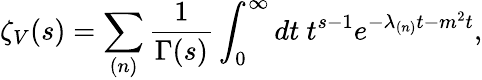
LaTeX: \zeta_{V}(s)=\sum_{(n)}\frac{1}{\Gamma(s)}\int_{0}^{\infty}dt\ t^{s-1}e^{-\lambda_{(n)}t-m^{2}t},